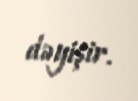
dəyişir.